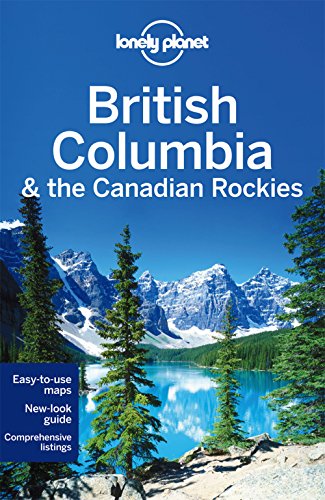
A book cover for Lonely Planet British Columbia & the Canadian Rockies (Travel Guide); Lonely Planet; Travel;